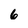
Character: 6